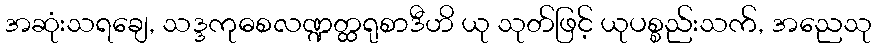
အဆုံးသရချေ, သဒ္ဒကုဓစလဏ္ဍတ္ထရုစာဒီဟိ ယု သုတ်ဖြင့် ယုပစ္စည်းသက်, အညေသု